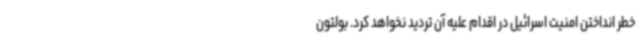
خطر انداختن امنیت اسرائیل در اقدام علیه آن تردید نخواهد کرد. بولتون